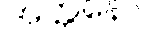
အတ္တနော